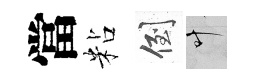
當粘倒叶